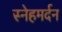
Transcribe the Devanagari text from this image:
स्नेहमर्दन